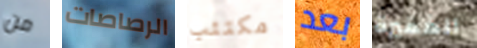
من الرصاصات مكتئب بعد الفقيرة